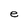
Character: e